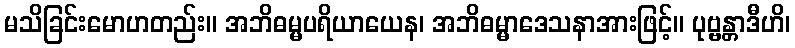
မသိခြင်းမောဟတည်း။ အဘိဓမ္မပရိယာယေန၊ အဘိဓမ္မာဒေသနာအားဖြင့်။ ပုဗ္ဗန္တာဒီဟိ၊